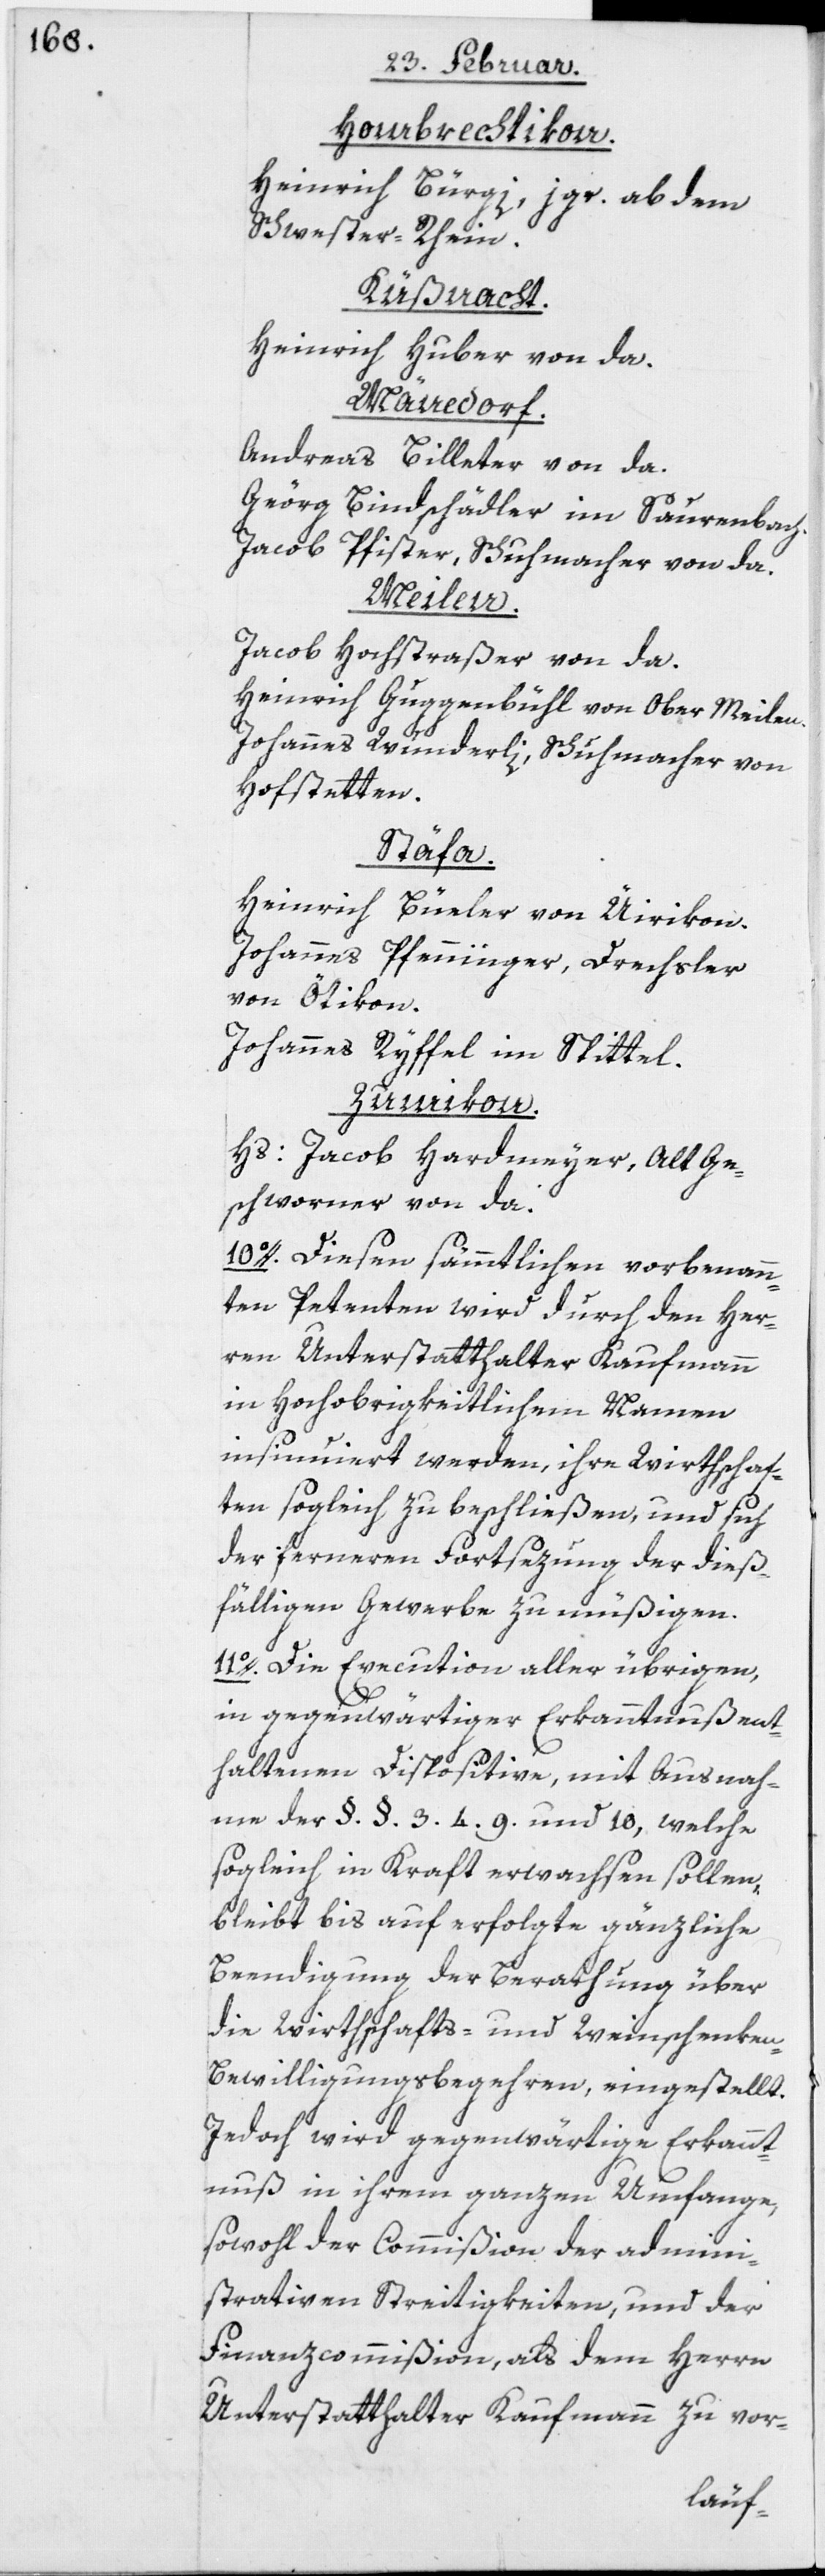
Hombrechtikon.
Heinrich Bürgi, jgr. ab dem
Schwester-Rhein.
Küßnacht.
Heinrich Huber von da.
Mänedorf.
Andreas Billeter von da.
Geörg Bindschädler im Saurenbach.
Jacob Pfister, Schuhmacher von da.
Meilen.
Jacob Hochstraßer von da.
Heinrich Guggenbühl von Ober[-]Meilen.
Johannes Wunderli, Schuhmacher von
Hofstetten.
Stäfa.
Heinrich Büeler von Üirikon.
Johannes Pfenninger, Drechsler
von Ötikon.
Johannes Ryffel im Spittel.
Zumikon.
Hs: Jacob Hardmeyer, Alt[-]Ge¬
schworner von da.
10o. Diesen sämmtlichen vorbenann¬
ten Petenten wird durch den Her¬
ren Unterstatthalter Kaufmann
in Hochobrigkeitlichem Namen
insinuiert werden, ihre Wirthschaf¬
ten sogleich zu beschließen, und sich
der ferneren Fortsezung der dieß¬
fälligen Gewerbe zu müßigen.
11o. Die Execution aller übrigen,
in gegenwärtiger Erkanntnuß ent¬
haltenen Dispositive, mit Ausnah¬
me der §. §. 3.[,] 4.[,] 9. und 10, welche
sogleich in Kraft erwachsen sollen,
bleibt bis auf erfolgte gänzliche
Beendigung der Berathung über
die Wirthschafts- und Weinschenke¬
n-Bewilligungsbegehren, eingestellt.
Jedoch wird gegenwärtige Erkannt¬
nuß in ihrem ganzen Umfange,
sowohl der Commißion der admini¬
strativen Streitigkeiten, und der
Finanzcommißion, als dem Herrn
Unterstatthalter Kaufmann zu vor-